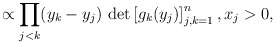
\begin{align*} \propto \prod_{j<k} (y_k -y_j) \, \det \left[ g_{k}(y_j) \right]_{j,k=1}^n, x_j > 0,\end{align*}